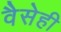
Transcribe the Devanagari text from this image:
वैसेही